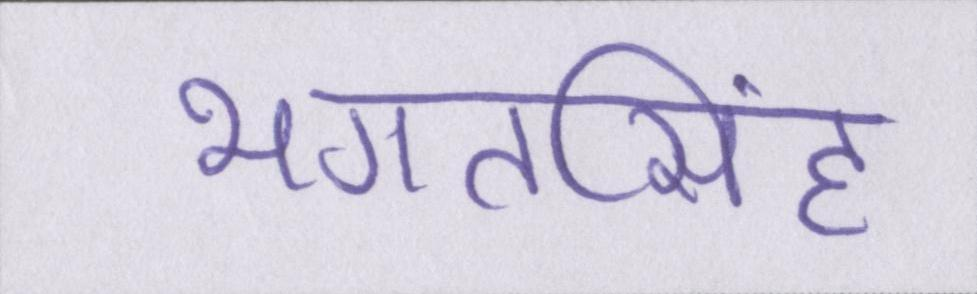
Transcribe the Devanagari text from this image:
भगतसिंह